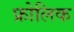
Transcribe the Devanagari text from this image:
फ्रोलिक